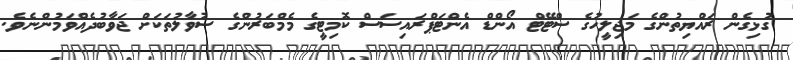
ގުޅިގެން ރައްޔިތުންގެ މަޖިލީހުގެ ސްޓޭޓް އޯންޑް އެންޓަޕްރައިސަސް ކޮމިޓީގެ މެމްބަރުންގެ ސުވާލުތަކަށް ޖަވާބުދެއްވަމުންނެވެ.